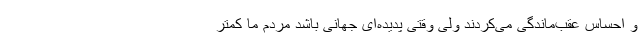
و احساس عقب‌ماندگی می‌کردند ولی وقتی پدیده‌ای جهانی باشد مردم ما کمتر